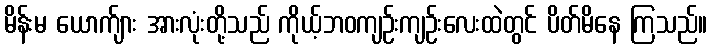
မိန်းမ ယောက်ျား အားလုံးတို့သည် ကိုယ့်ဘဝကျဉ်းကျဉ်းလေးထဲတွင် ပိတ်မိနေ ကြသည်။